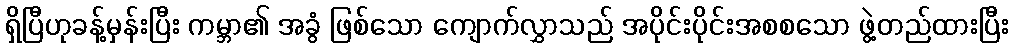
ရှိပြီဟုခန့်မှန်းပြီး ကမ္ဘာ၏ အခွံ ဖြစ်သော ကျောက်လွှာသည် အပိုင်းပိုင်းအစစသော ဖွဲ့တည်ထားပြီး